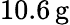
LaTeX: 10.6\, \mathrm{g}